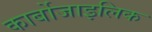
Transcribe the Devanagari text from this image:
कार्बोजाइलिक